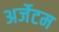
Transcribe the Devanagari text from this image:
अर्जेटम